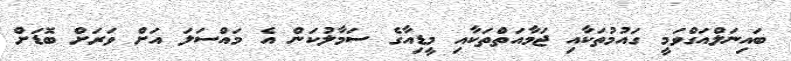
ބައިނަލްއަގްވަމީ ގައުމުތަކާއި ޖަމާއަތްތަކާއި މީޑިއާގެ ސަމާލުކަން އެ މައްސަލަ އަށް ވަރަށް ބޮޑަށް